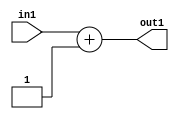
`timescale 1ps / 1ps
/*****************************************************************************
    Verilog RTL Description
    
    
    Created by: Stratus DpOpt 2019.1.01 
*******************************************************************************/

module st_weight_addr_gen_Add2i1u16_4_10 (
	in1,
	out1
	); /* architecture "behavioural" */ 
input [15:0] in1;
output [15:0] out1;
wire [15:0] asc001;

assign asc001 = 
	+(in1)
	+(16'B0000000000000001);

assign out1 = asc001;
endmodule

/* CADENCE  ubHxSQs= : u9/ySgnWtBlWxVPRXgAZ4Og= ** DO NOT EDIT THIS LINE ******/